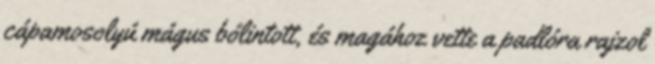
cápamosolyú mágus bólintott, és magához vette a padlóra rajzol